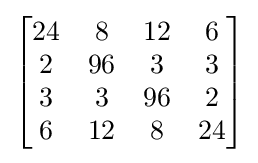
{\begin{bmatrix}{\begin{matrix}24&8&12&6\\2&96&3&3\\3&3&96&2\\6&12&8&24\end{matrix}}\end{bmatrix}}